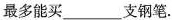
最多能买___支钢笔.